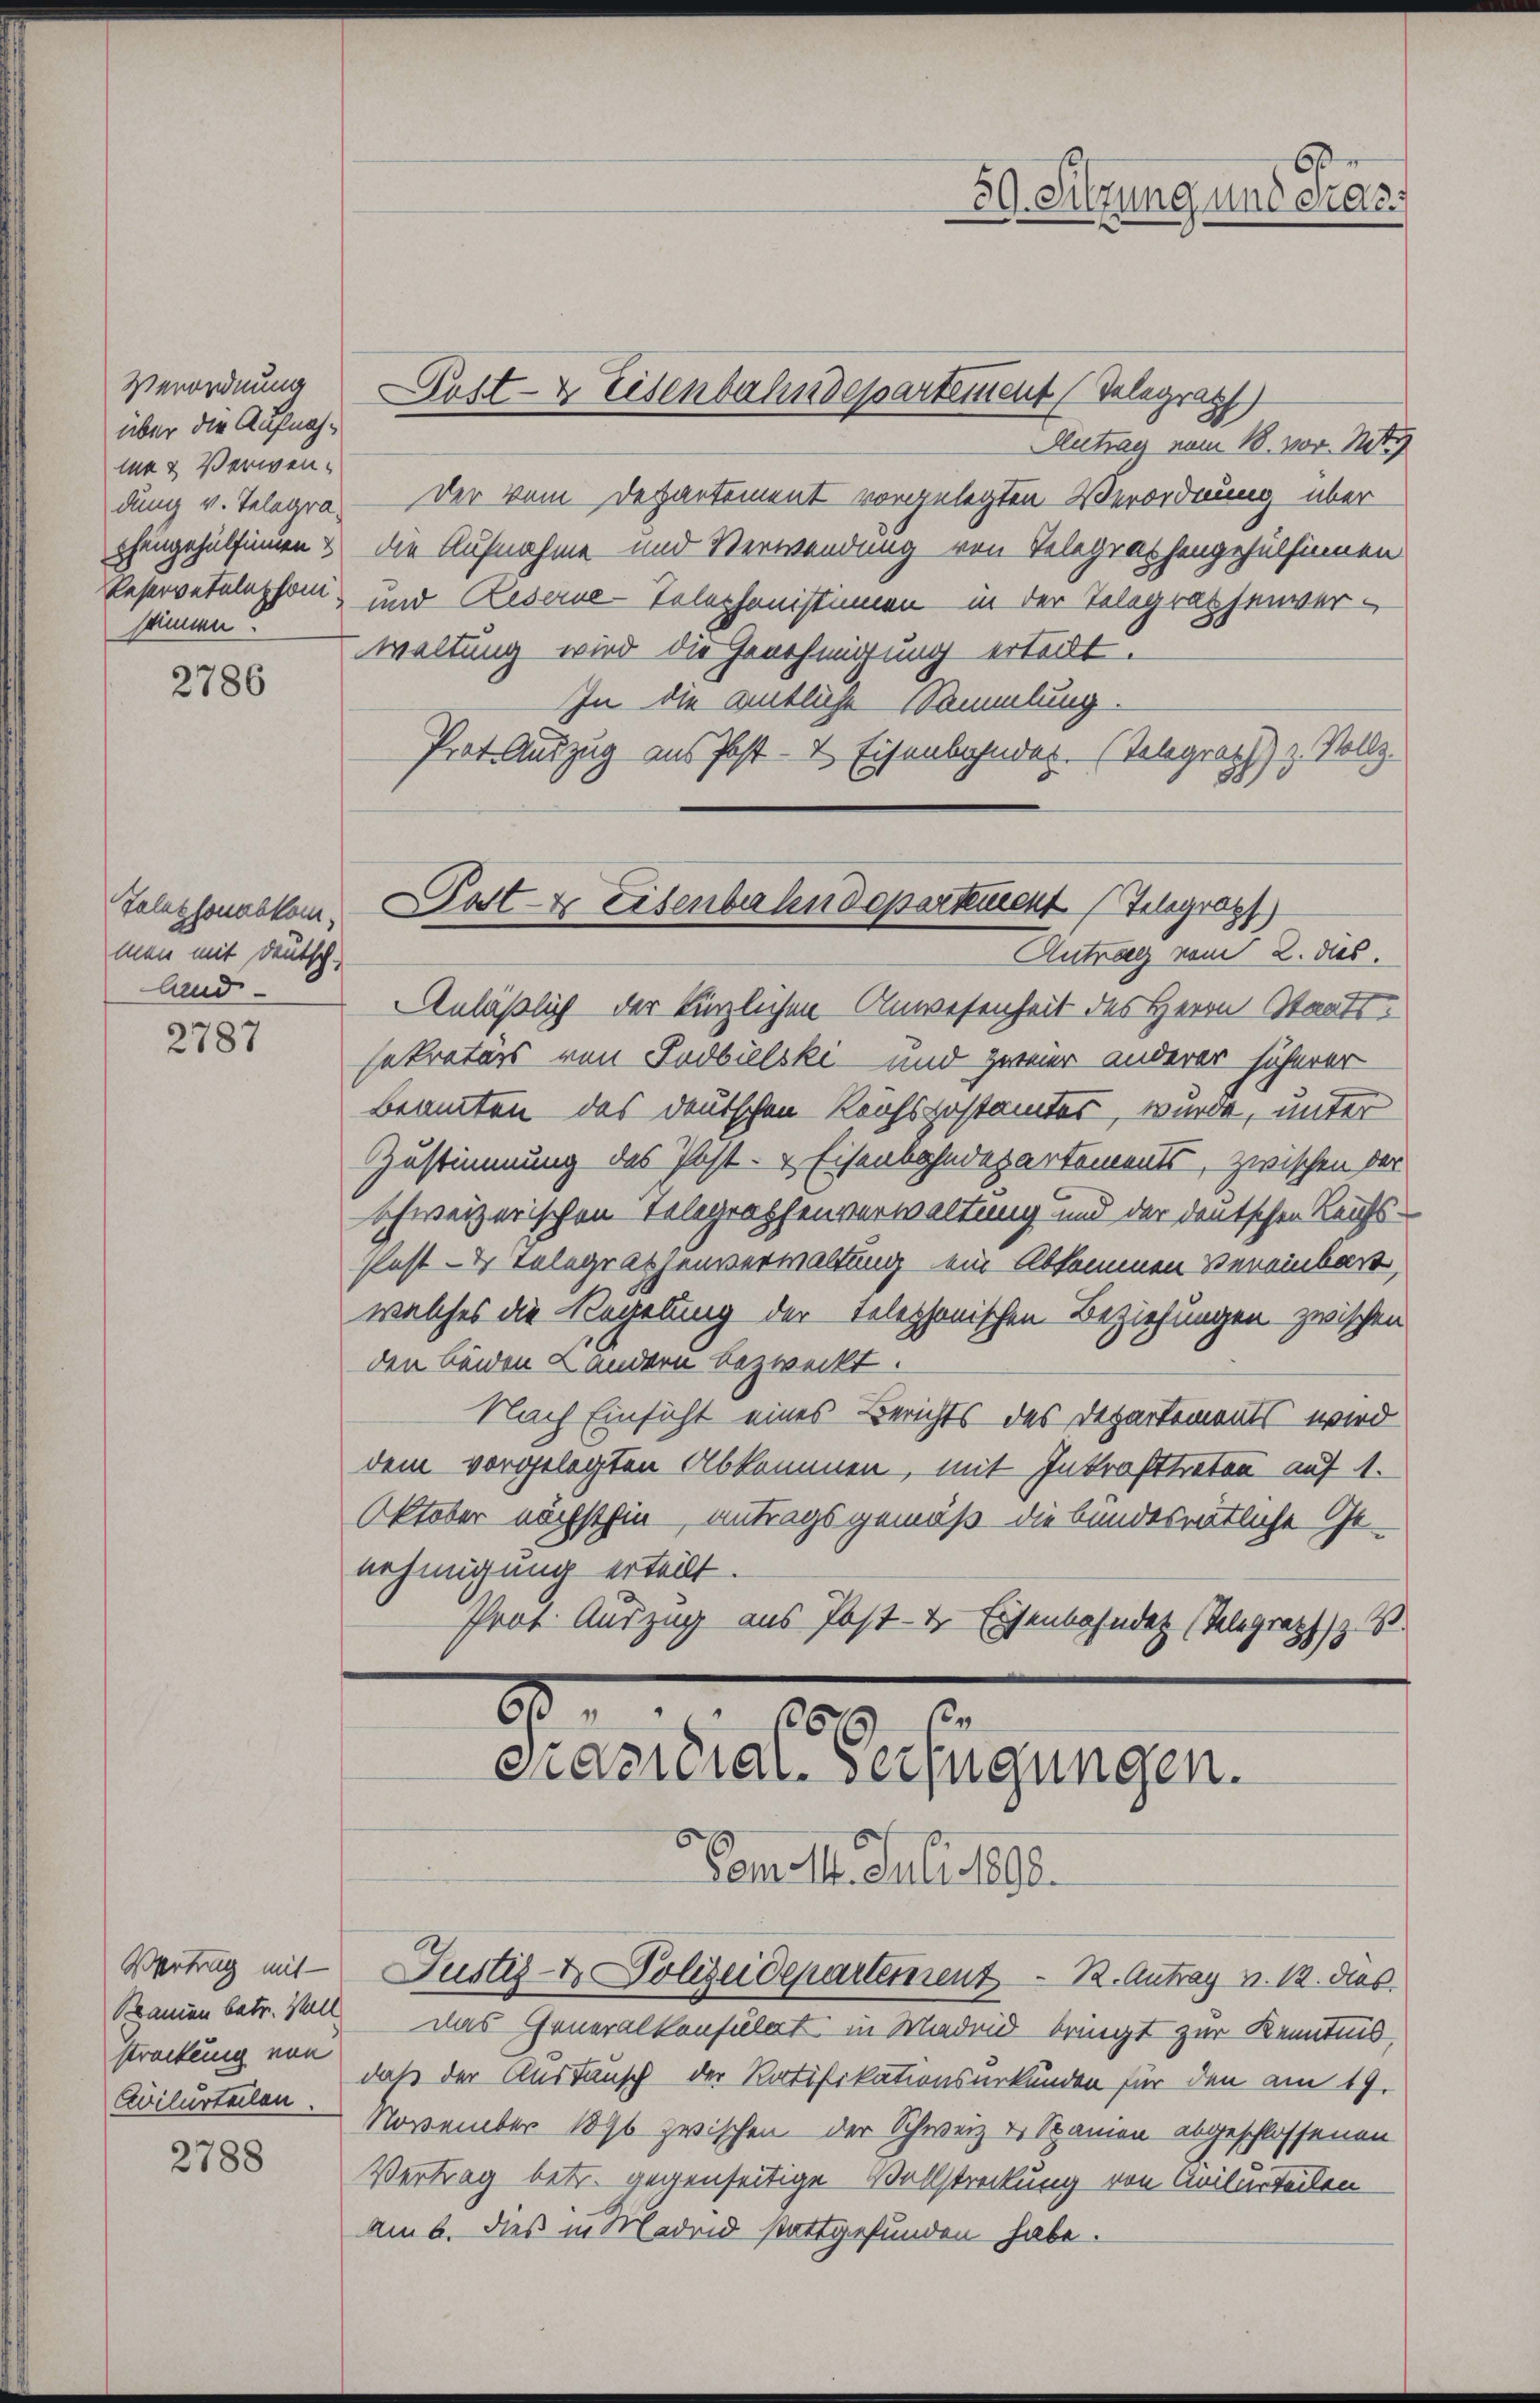
Verordnung
über die Aufnahme & Verwendung v. Telegrasänne

2786

Telephonabkom
man mit deutsch
land

2787

2788

Vertrag mit
Bramen betr. Stall
strackung von

Post- & Eisenbahndepartement (Telegraph
Antrag vom 18. vor. N
der vom Departement vorgelegten Verordnung über
chengehülfingen & die Aufnahme und Verwendung von Telegraphengehülfinnen
Reservetelephon und Reserne-Telephonistinnen in der Telegraphenver-
waltung wird die Genehmigung erteilt.
In die Antliche Sammlung
Prat. Auszug aus Post- & Eisenbahndet. (Telegraph z. Stollz

Antrag vom 2. dies.
Anläßlich der Kinzlichen Anwesenheit des Herrn Staatssekretärs von Sudbielski - und zweier anderer höherer
Beamten das deutschen Reichspostamtes, wurde, unter
Zustimmung des Post- & Eisenbahndepartements, zwischen der
schweizerischen Telegraphenverwaltung und der deutschen Reichs-
Pest- & Telegraphenverwaltung ein Abkommen vereinbart,
welches die Regelung der Telephonischen Beziehungen zwischen
den beiden Landern bezweckt.
Nach Einsicht eines Berichts des Departements wird
dem vorgelegten Abkommen, mit Inkrafttreten auf 1.
Oktober nächsthin antragsgemäß die bundesrätliche Ge-
nehmigung erteilt.
Prof. Auszug aus Post- & Eisenbahndet (Telegraph z. B.

6
59. Sitzung und erds.

Post- & Eisenbahndepartement Telegraz)

8 000
Prasteral. Verfügungen.

Justiz- & Polizeidepartement R. Antrag v. 12. dies

Pam 4. Juli 1890.
das Generalkonsulat in Madrid bringt zur Kenntnis
daß der Austausch der Ratifikationsurkunden für den am 19.
Avilurteilen November 1890 zwischen der Schweiz u. Spanien abgeschlossenen
Vertrag betr. gegenseitige Vollstreckung von Avilurteilen
Am 6. dieß in Madrid stattgefunden habe.